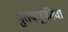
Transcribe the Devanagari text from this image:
गुंतवणूकीचा